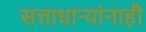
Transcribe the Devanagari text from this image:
सत्ताधाऱ्यांनाही